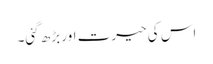
اس کی حیرت اور بڑھ گئی۔